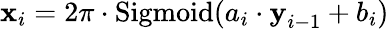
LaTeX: \textbf{x}_{i}=2\pi\cdot\mathrm{Sigmoid}(a_{i}\cdot\textbf{y}_{i-1}+b_{i})